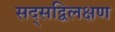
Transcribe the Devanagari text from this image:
सद्सद्विलक्षण